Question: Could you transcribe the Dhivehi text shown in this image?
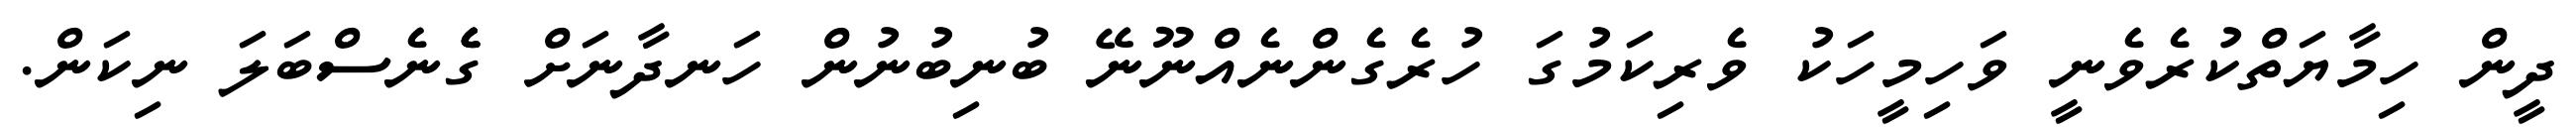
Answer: ދީން ހިމާޔަތްކުރެވެނީ ވަހިމީހަކު ވެރިކަމުގަ ހުރެގެންނެއްނޫނޭ ބުނިބުނުން ހަނދާނަށް ގެެެނެސްބަލަ ނިކަން.